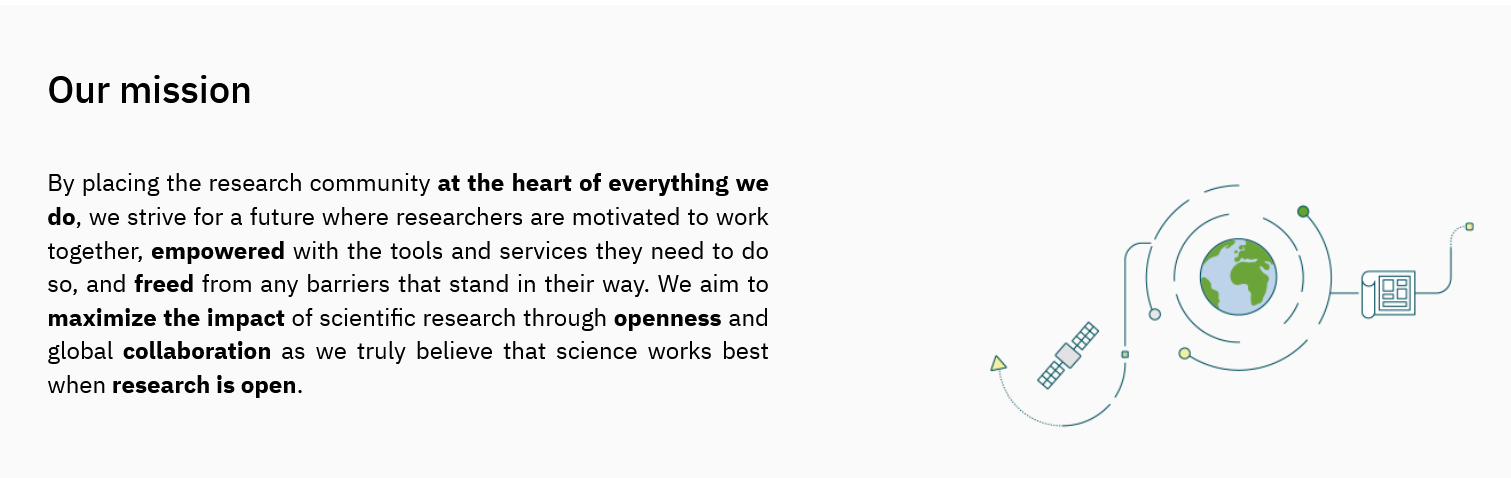
Our   mission
    By placing the research community at the heart of everything we
    do, we strive for a future where researchers are motivated to work
    together, empowered with the tools and services they need to do
    so, and freed from any barriers that stand in their way. We aim to
    maximize the impact of scientific research through openness and
    global collaboration as we truly believe that science works best
    when research is open.

     00] IO]
     3